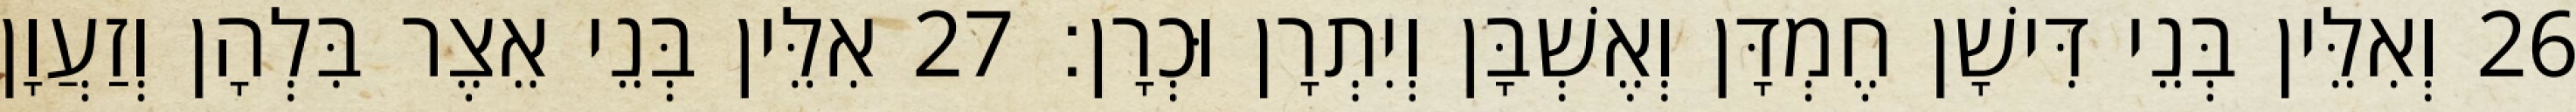
26 וְאִלֵּין בְּנֵי דִּישָׁן חֶמְדָּן וְאֶשְׁבָּן וְיִתְרָן וּכְרָן׃ 27 אִלֵּין בְּנֵי אֵצֶר בִּלְהָן וְזַעֲוָן